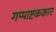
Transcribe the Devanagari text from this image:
गप्पाष्टककार